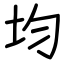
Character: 均